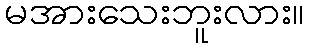
မအားသေးဘူးလား။